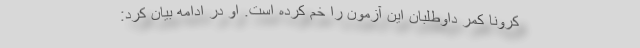
کرونا کمر داوطلبان این آزمون را خم کرده است. او در ادامه بیان کرد: